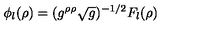
\phi _ { l } ( \rho ) = ( g ^ { \rho \rho } \sqrt { g } ) ^ { - 1 / 2 } F _ { l } ( \rho )